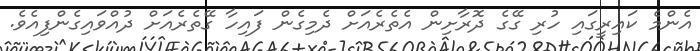
އެންމެ ކައިރީގައި ހުރި ގޭގެ ދޮރާށިން އެތެރެއަށް ދެމިގެން ފައިހާ ގޭތެރެއަށް ދުއްވައިގެންފިއެވެ.